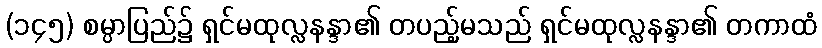
(၁၄၅) စမ္ပာပြည်၌ ရှင်မထုလ္လနန္ဒာ၏ တပည့်မသည် ရှင်မထုလ္လနန္ဒာ၏ တကာထံ